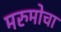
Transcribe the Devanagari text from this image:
मरुमोचा